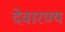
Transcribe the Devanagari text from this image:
देवारण्य